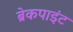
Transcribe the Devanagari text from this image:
ब्रेकपाइंट